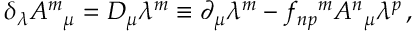
\delta _ { \lambda } A ^ { m } { } _ { \mu } = { \cal D } _ { \mu } \lambda ^ { m } \equiv \partial _ { \mu } \lambda ^ { m } - f _ { n p } { } ^ { m } A ^ { n } { } _ { \mu } \lambda ^ { p } \, ,